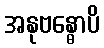
အနုဗန္ဓောပိ